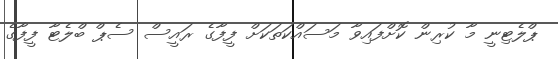
ޕްލެޓިނީ މާ ކުރިން ކޮށްފައިވާ މަސައްކަތަކަށް ފީފާގެ ރައީސް ސެޕް ބްލެޓާ ފީފާގެ